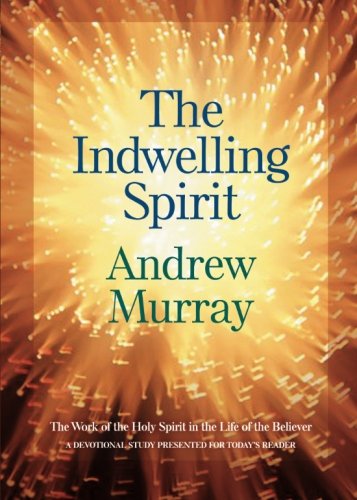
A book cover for The Indwelling Spirit: The Work of the Holy Spirit in the Life of the Believer; Andrew Murray; Christian Books & Bibles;